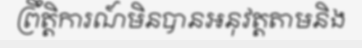
ព្រឹត្តិការណ៍មិនបានអនុវត្តតាមនិង